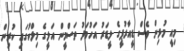
މިއީ މުޅިން ވެސް ޑީއާރުޕީގެ ލީޑަރު އަހުމަދު ތަސްމީން އަލީގެ މިލްކުގައި ކުރިން